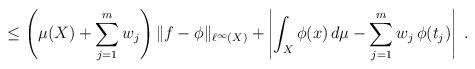
LaTeX: \begin{align*} \leq \left(\mu(X)+\sum_{j=1}^m{w_j}\right)\|f-\phi\|_{\ell^\infty(X)}+\left|\int_{X}{\phi(x)\,d\mu}-\sum_{j=1}^m{w_j\,\phi(t_j)}\right|\;.\end{align*}